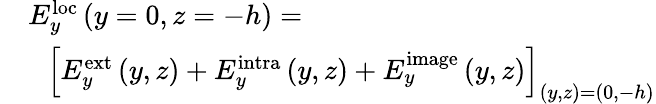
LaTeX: \begin{array}{rl}&{E_{y}^{\mathrm{loc}}\left(y=0,z=-h\right)=}\\ &{\, \, \, \, \left[E_{y}^{\mathrm{ext}}\left(y,z\right)+E_{y}^{\mathrm{intra}}\left(y,z\right)+E_{y}^{\mathrm}\left(y,z\right)\right]_{\left(y,z\right)=\left(0,-h\right)}}\end{array}